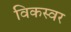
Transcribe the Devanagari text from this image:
विकस्वर